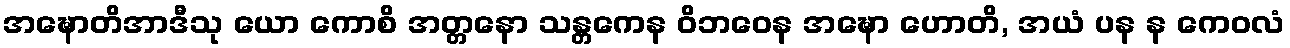
အဍ္ဎောတိအာဒီသု ယော ကောစိ အတ္တနော သန္တကေန ဝိဘဝေန အဍ္ဎော ဟောတိ, အယံ ပန န ကေဝလံ